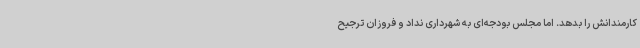
کارمندانش را بدهد. اما مجلس بودجه‌ای به شهرداری نداد و فروزان ترجیح